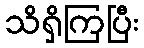
သိရှိကြပြီး